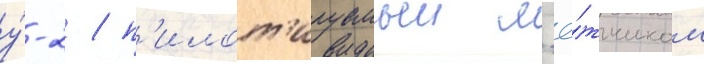
у́-2 / п'илот'ируемыи л'ё́тчиком